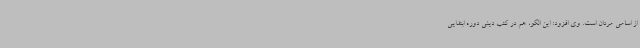
از اسامی مردان است. وی افزود: این الگو، هم در کتب دینی دوره ابتدایی